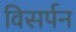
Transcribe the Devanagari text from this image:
विसर्पन